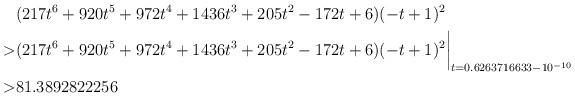
LaTeX: \begin{align*} & (217t^6+920t^5+972t^4+1436t^3+205t^2-172t+6)(-t+1)^2\\ > & (217t^6+920t^5+972t^4+1436t^3+205t^2-172t+6)(-t+1)^2\biggr\rvert_{t=0.6263716633 - 10^{-10}}\\ > & 81.3892822256\end{align*}